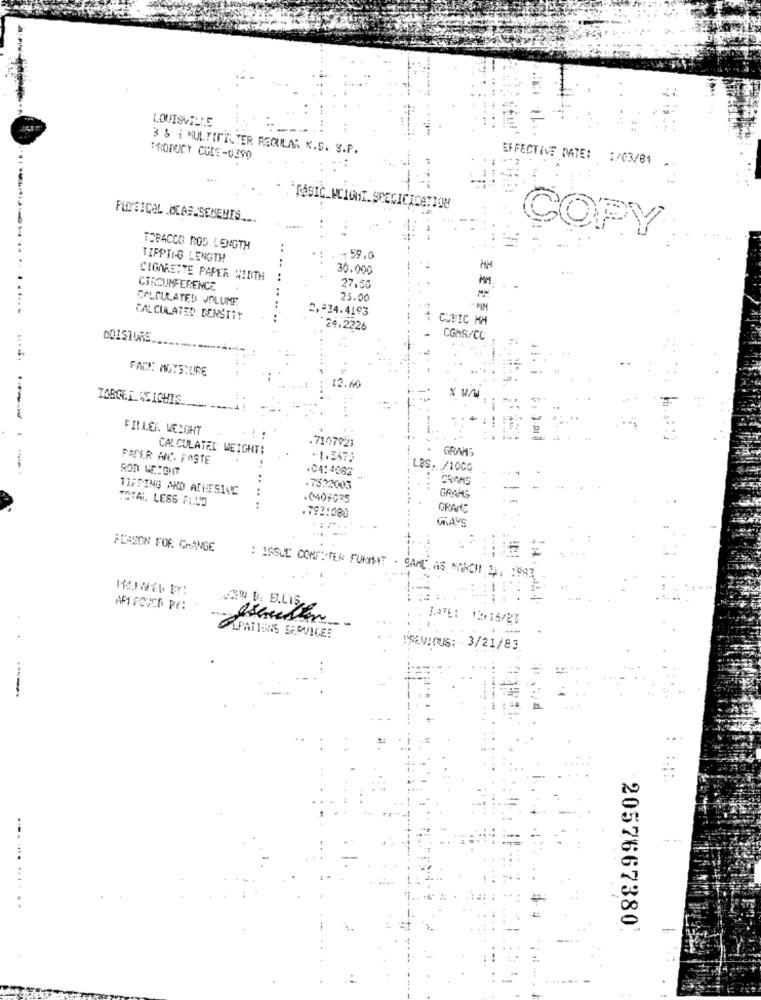
LOUISVILLE
3 & i MULTIFILTER REGULAR K.S. S.P.
PRODUCT CODE-0390
EFFECTIVE DATE: 1/03/84
MESIC_WEIGHT. SPECICICATION
FUYSICAL OCAS SENEMIS ...
COPY
TOBACCO ROS LENGTH
TIPPING LENGTH
.. ..
-- 59.0
30.000
CIGARETTE PAPER WIDTH
..
CIRCUMFERENCE
27.50
CALCULATED VOLUME
25.00
......
2, 34.4193
- MM
CALCULATED BENSTIY
CUBIC MM
24.2226
DOISTURE
COMS/CC
PACK: MOISTURE
12.60
FILLEA WEIGHT
.7107921
CALCULATEL WEIGHT:
GRAMS
PAPER AND FASTE
-1.5673
ROR WEIGHT
.0414082
LBS. /1000
TIFSING AND ADHESIVE
.7522003
TOTAL. LESS ALHO
GRANG
.... ....
.7931080
GRAVE
FLASON FOR CHANGE
: ISSUE COMPUTER FORMAT . SAME AS AKCII 4.
VON D. E.LIS
JATE: 12-16/23
APATTERNS SERVICE:
SEVIOUS: 3/21/83
-----
--
.... .... ....
. .
2057667380